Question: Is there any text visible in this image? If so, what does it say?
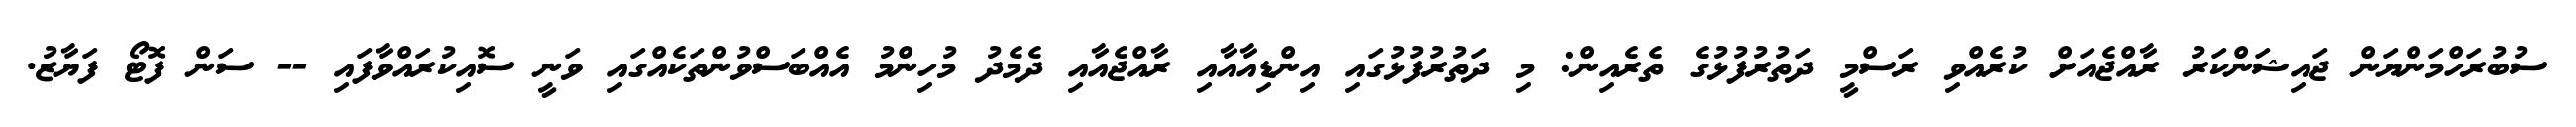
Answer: ސުބުރަހްމަންޔަން ޖައިޝަންކަރު ރާއްޖެއަށް ކުރެއްވި ރަސްމީ ދަތުރުފުޅުގެ ތެރެއިން: މި ދަތުރުފުޅުގައި އިންޑިއާއާއި ރާއްޖެއާއި ދެމެދު މުހިންމު އެއްބަސްވުންތަކެއްގައި ވަނީ ސޮއިކުރައްވާފައި -- ސަން ފޮޓޯ ފަޔާޒު.